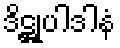
ဒိဋ္ဌုပါဒါနံ